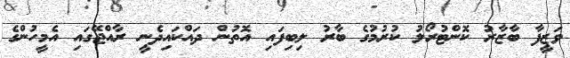
ވަޒީފާ ބާޒާރު ކޮންޓުރޯލު ކުރުމުގެ ބާރު ލިބިފައި އޮތުން ދައްކައިދެނީ ރާއްޖޭގައި އެމީހުންގެ